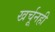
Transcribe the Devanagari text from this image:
खर्चूनही